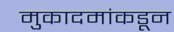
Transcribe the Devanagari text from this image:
मुकादमांकडून